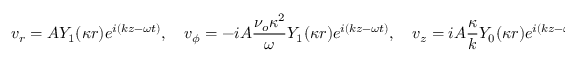
v _ { r } = A Y _ { 1 } ( \kappa r ) e ^ { i ( k z - \omega t ) } , \quad v _ { \phi } = - i A \frac { \nu _ { o } \kappa ^ { 2 } } { \omega } Y _ { 1 } ( \kappa r ) e ^ { i ( k z - \omega t ) } , \quad v _ { z } = i A \frac { \kappa } { k } Y _ { 0 } ( \kappa r ) e ^ { i ( k z - \omega t ) }